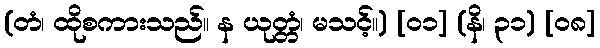
(တံ၊ ထိုစကားသည်။ န ယုတ္တံ၊ မသင့်။) [၀၁] (နိ၊ ၃၁) [၀၈]